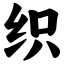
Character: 织